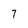
Character: 7